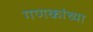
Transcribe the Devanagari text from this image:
गणकांच्या